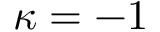
\kappa = - 1